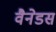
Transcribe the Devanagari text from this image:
वैनेडस